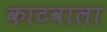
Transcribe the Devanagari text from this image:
काटवाला